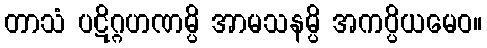
တာသံ ပဋိဂ္ဂဟဏမ္ပိ အာမသနမ္ပိ အကပ္ပိယမေဝ။